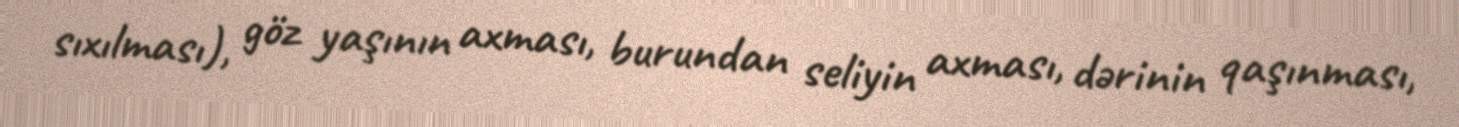
sıxılması), göz yaşının axması, burundan seliyin axması, dərinin qaşınması,